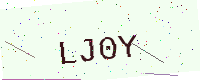
Text: LJ0Y